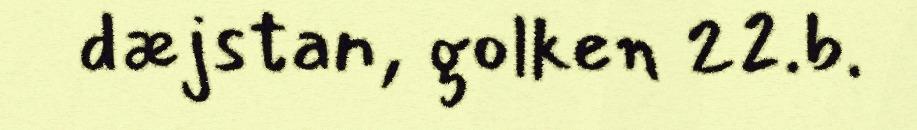
dæjstan, golken 22.b.